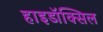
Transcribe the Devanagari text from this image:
हाइडॉक्सिल